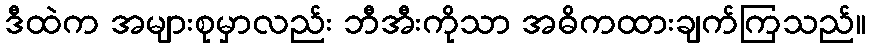
ဒီထဲက အများစုမှာလည်း ဘီအီးကိုသာ အဓိကထားချက်ကြသည်။